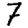
Digit: 7